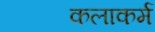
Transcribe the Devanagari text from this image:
कलाकर्म